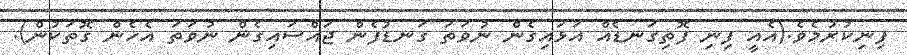
ފިނިކުރުމެވެ.(އެއީ ފިނި ފޮތިގަނޑެއް އަޅައިގެން ނުވަތަ ގަނޑުފެން ޖައްސައިގެން ނުވަތަ އެހެން ގޮތަކުން).